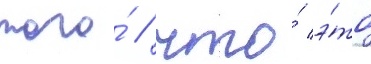
того́ / что́ э́то